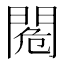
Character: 𨴓